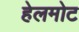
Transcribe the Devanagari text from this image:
हेलमोट